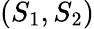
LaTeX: (S_{1},S_{2})